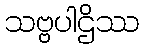
သဗ္ဗပါဌိဿ